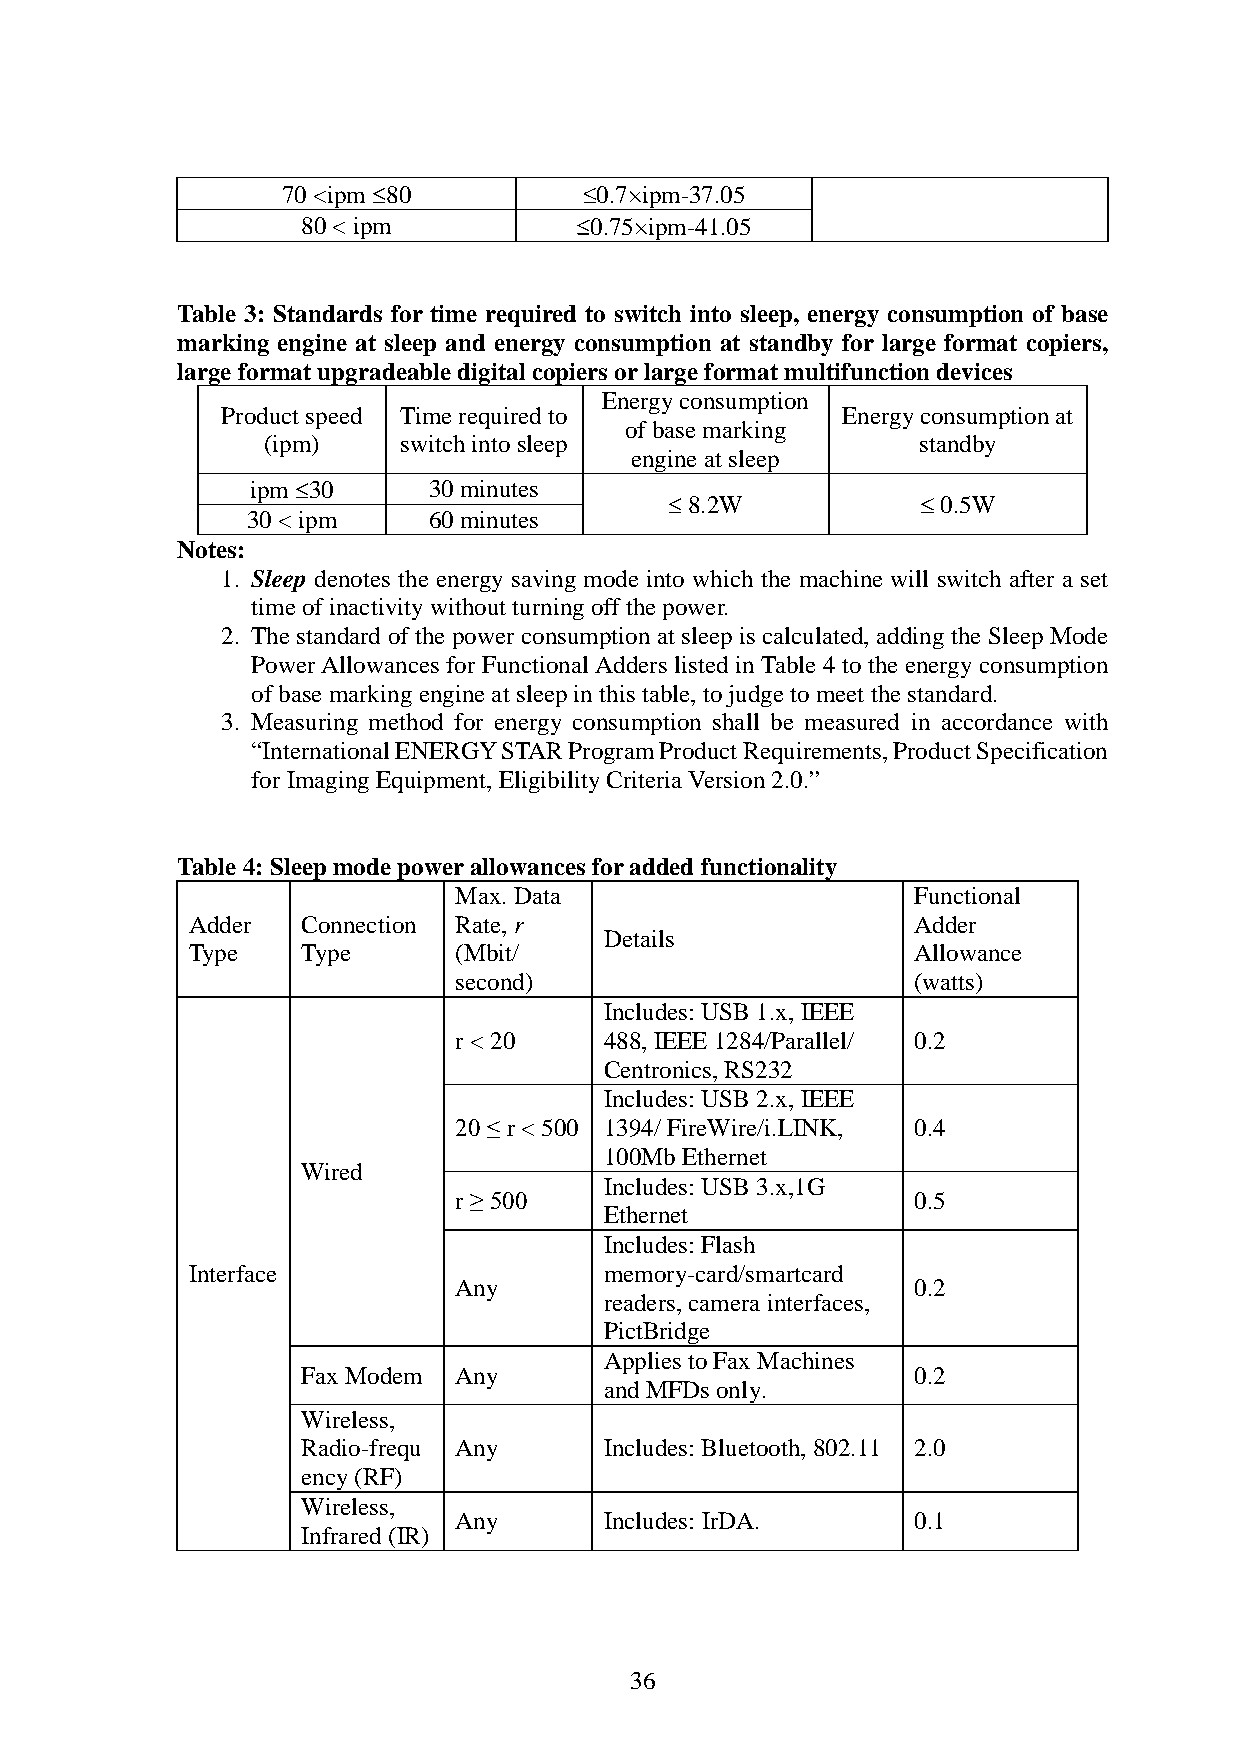
70 <ipm 80          0.7×ipm-37.05
 80 < ipm           0.75×ipm-41.05
 Table 3: Standards for time required to switch into sleep, energy consumption of base
 marking engine at sleep and energy consumption at standby for large format copiers,
 large format upgradeable digital copiers or large format multifunction devices
 Energy consumption
 Product speed Time required to           Energy consumption at
 of base marking
 (ipm)    switch into sleep                  standby
 engine at sleep
 ipm 30     30 minutes
 8.2W            0.5W
 30 < ipm    60 minutes
 Notes:
 1. Sleep denotes the energy saving mode into which the machine will switch after a set
 time of inactivity without turning off the power.
 2. The standard of the power consumption at sleep is calculated, adding the Sleep Mode
 Power Allowances for Functional Adders listed in Table 4 to the energy consumption
 of base marking engine at sleep in this table, to judge to meet the standard.
 3. Measuring method for energy consumption shall be measured in accordance with
 “International ENERGY STAR Program Product Requirements, Product Specification
 for Imaging Equipment, Eligibility Criteria Version 2.0.”
 Table 4: Sleep mode power allowances for added functionality
 Max. Data                     Functional
 Adder   Connection Rate, r                      Adder
 Details
 Type    Type      (Mbit/                        Allowance
 second)                       (watts)
 Includes: USB 1.x, IEEE
 r < 20    488, IEEE 1284/Parallel/ 0.2
 Centronics, RS232
 Includes: USB 2.x, IEEE
 20 ≤ r < 500 1394/ FireWire/i.LINK, 0.4
 100Mb Ethernet
 Wired
 Includes: USB 3.x,1G
 r ≥ 500                       0.5
 Ethernet
 Includes: Flash
 Interface                   memory-card/smartcard
 Any                           0.2
 readers, camera interfaces,
 PictBridge
 Applies to Fax Machines
 Fax Modem Any                           0.2
 and MFDs only.
 Wireless,
 Radio-frequ Any     Includes: Bluetooth, 802.11 2.0
 ency (RF)
 Wireless,
 Any       Includes: IrDA.     0.1
 Infrared (IR)
 36